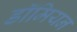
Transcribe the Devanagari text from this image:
डॉमियन